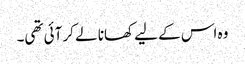
وہ اس کے لیے کھانا لے کر آئی تھی۔